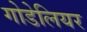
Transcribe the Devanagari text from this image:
गोडेलियर